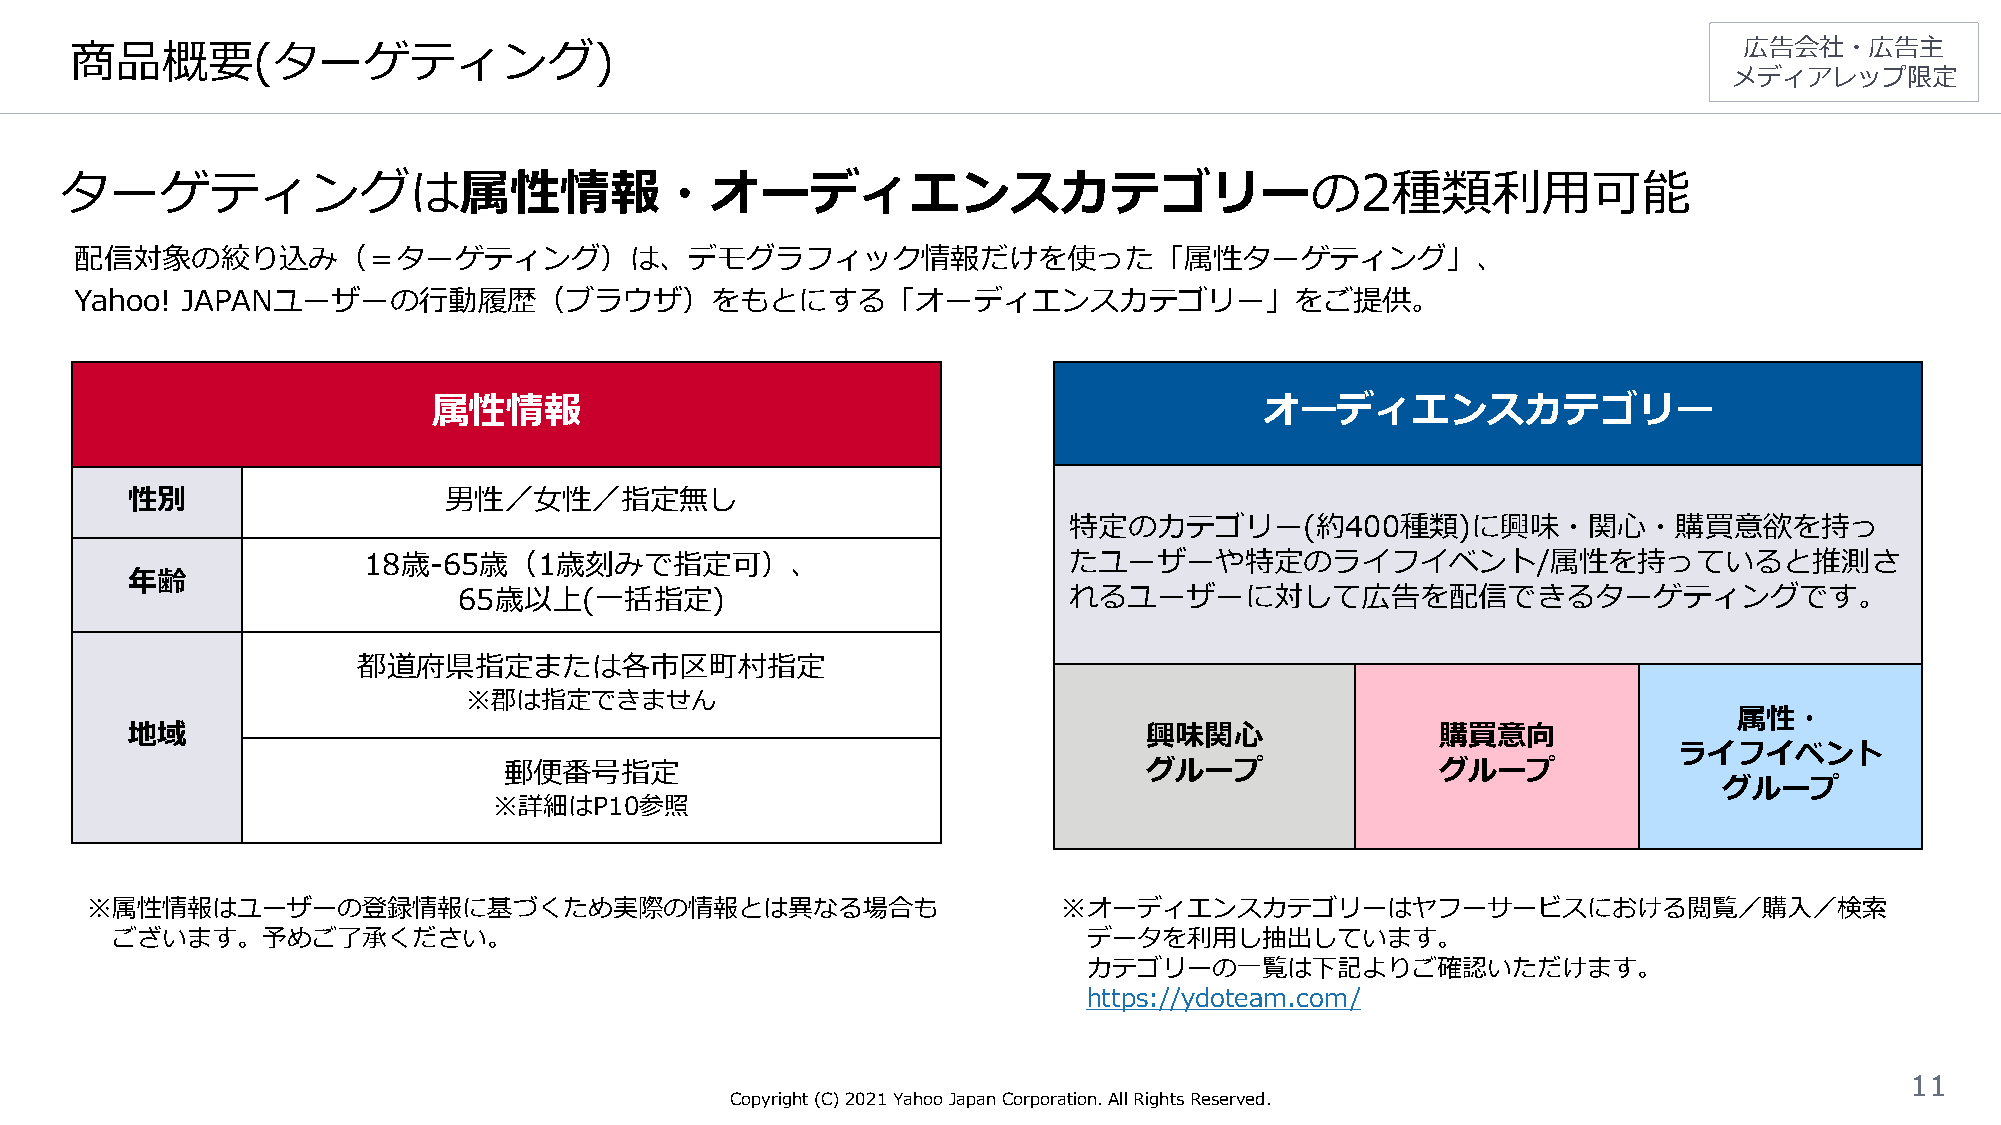
商品概要(ターゲティング)                                                                                                 広告会社・広告主
 メディアレップ限定
 ターゲティングは属性情報・オーディエンスカテゴリーの2種類利用可能
 配信対象の絞り込み（＝ターゲティング）は、デモグラフィック情報だけを使った「属性ターゲティング」、
 Yahoo! JAPANユーザーの行動履歴（ブラウザ）をもとにする「オーディエンスカテゴリー」をご提供。
 属性情報                                                   オーディエンスカテゴリー
 性別                   男性／女性／指定無し
 特定のカテゴリー(約400種類)に興味・関心・購買意欲を持っ
 18歳-65歳（1歳刻みで指定可）、                             たユーザーや特定のライフイベント/属性を持っていると推測さ
 年齢
 65歳以上(一括指定)                              れるユーザーに対して広告を配信できるターゲティングです。
 都道府県指定または各市区町村指定
 ※郡は指定できません
 属性・
 地域                                                                  興味関心               購買意向
 ライフイベント
 郵便番号指定                                     グループ               グループ
 グループ
 ※詳細はP10参照
 ※属性情報はユーザーの登録情報に基づくため実際の情報とは異なる場合も                              ※オーディエンスカテゴリーはヤフーサービスにおける閲覧／購入／検索
 ございます。予めご了承ください。                                                 データを利用し抽出しています。
 カテゴリーの一覧は下記よりご確認いただけます。
 https://ydoteam.com/
 11
 Copyright (C)2021Yahoo Japan Corporation. All Rights Reserved.